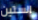
الستين